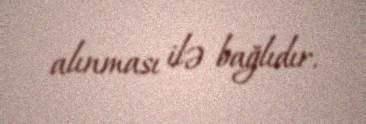
alınması ilə bağlıdır.